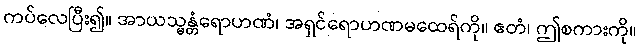
ကပ်လေပြီး၍။ အာယသ္မန္တံရောဟဏံ၊ အရှင်ရောဟဏမထေရ်ကို။ ဧတံ၊ ဤစကားကို။